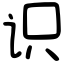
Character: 识